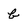
Character: b